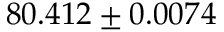
8 0 . 4 1 2 \pm 0 . 0 0 7 4